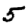
Digit: 5